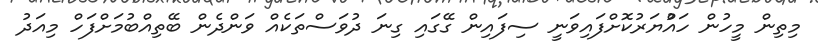
މިތިން މީހުން ހައްުޔަރުކޮށްފައިވަނީ ސިފައިން ގޭގައި ގިނަ ދުވަސްތަކެއް ވަންދެން ބޭތިއްބުމަށްފަހް މިއަދު